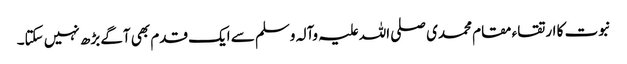
نبوت کا ارتقاء مقام محمدی صلی اللہ علیہ وآلہ وسلم سے ایک قدم بھی آگے بڑھ نہیں سکتا۔